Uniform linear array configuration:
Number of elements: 24
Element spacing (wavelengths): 0.25
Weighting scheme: exponential
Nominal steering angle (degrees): -30
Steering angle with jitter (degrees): -29.691
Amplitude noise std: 0.05
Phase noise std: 0.05

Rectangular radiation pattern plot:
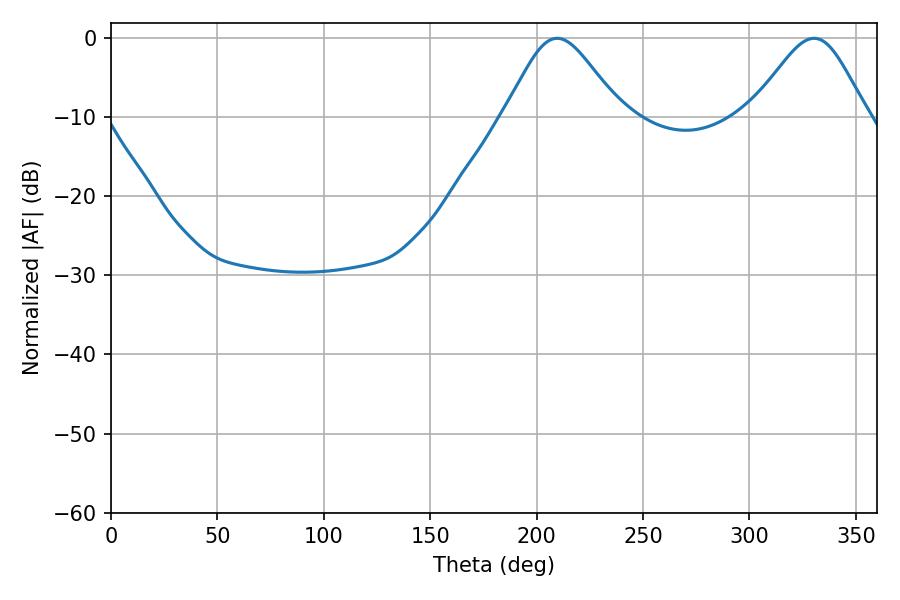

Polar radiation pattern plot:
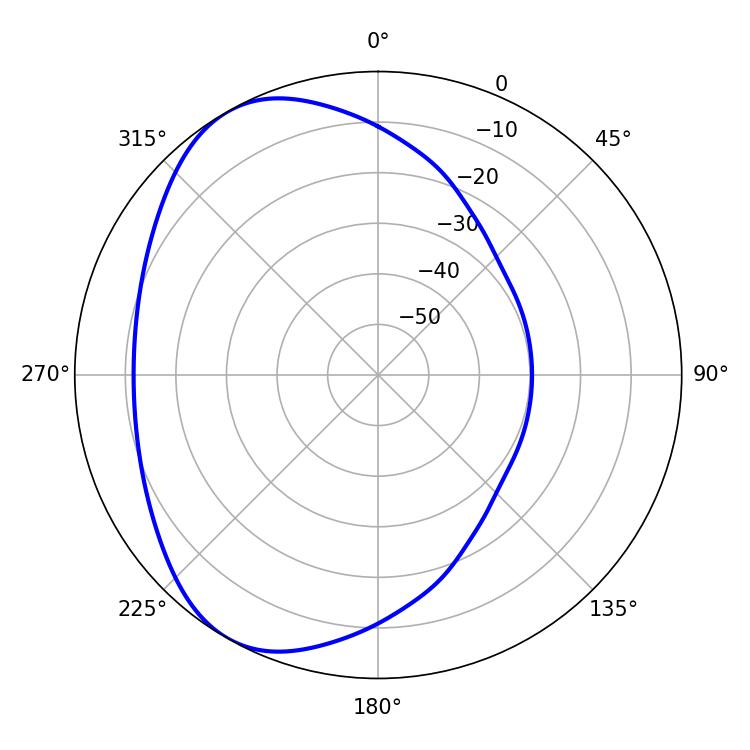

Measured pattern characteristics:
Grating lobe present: FALSE
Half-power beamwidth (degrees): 26.82
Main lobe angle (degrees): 209.7